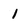
Character: 1